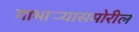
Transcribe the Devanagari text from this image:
गाभार्‍यासमोरील